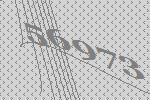
56973